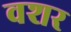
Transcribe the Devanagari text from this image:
वशर